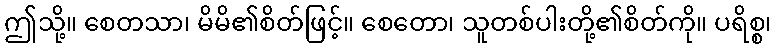
ဤသို့။ စေတသာ၊ မိမိ၏စိတ်ဖြင့်။ စေတော၊ သူတစ်ပါးတို့၏စိတ်ကို။ ပရိစ္စ၊